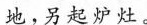
地，另起护灶。